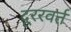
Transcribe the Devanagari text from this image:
दूररवर्त